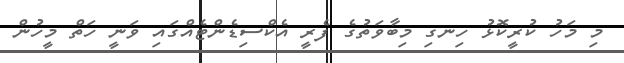
މި މަހު ކުރީކޮޅު ހިނގި މިބާވަތުގެ ފެރީ އެކްސިޑެންޓެއްގައި ވަނީ ހަތް މީހުން